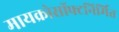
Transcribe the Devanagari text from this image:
मायक्रोसॉफ्टनिर्मित